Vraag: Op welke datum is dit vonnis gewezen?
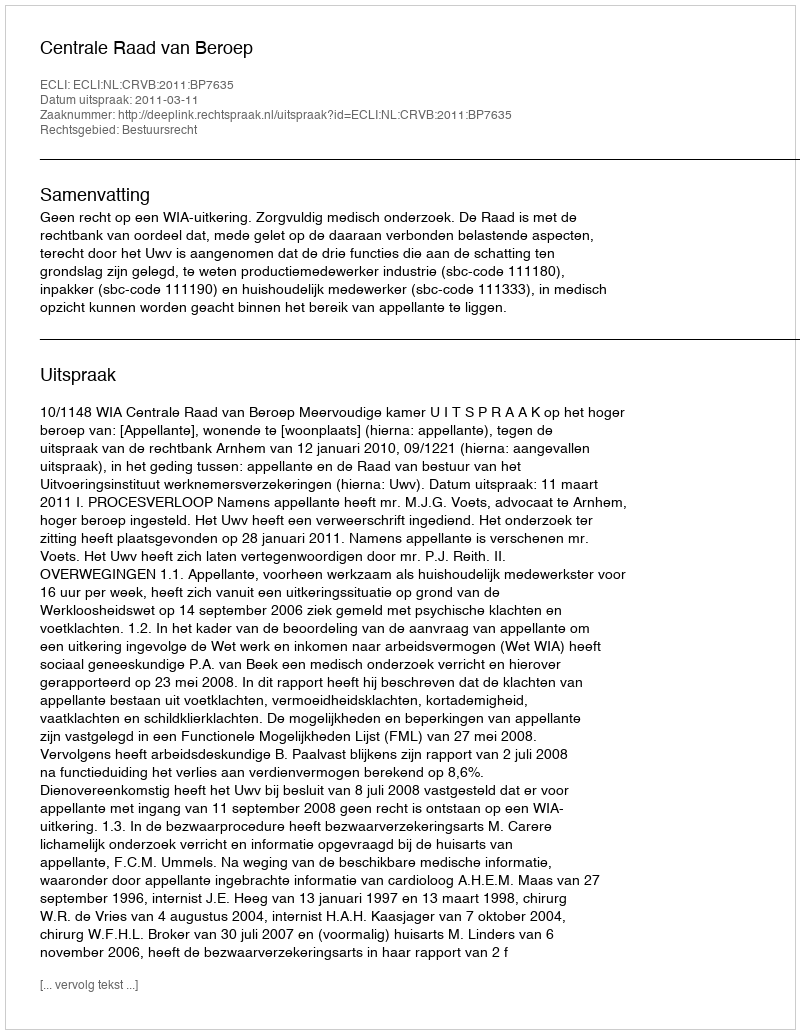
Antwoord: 2011-03-11